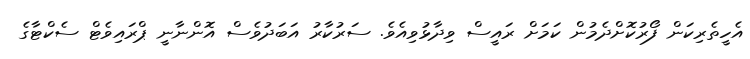
އެހީތެރިކަން ފޯރުކޮށްދެމުން ކަމަށް ރައީސް ވިދާޅުވިއެވެ. ސަރުކާރު އަބަދުވެސް އޮންނާނީ ޕްރައިވެޓް ސެކްޓާގެ